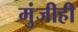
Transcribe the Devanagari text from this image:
मुंजीही